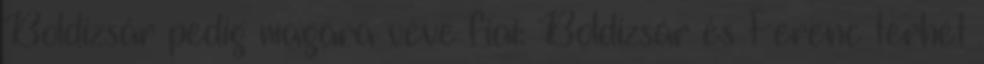
Boldizsár pedig magára véve fiai: Boldizsár és Ferenc terhét